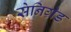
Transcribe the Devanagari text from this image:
सेनिग्रेड